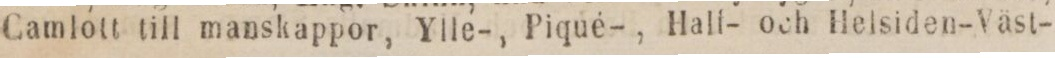
Camlott till manskappor, Ylle-, Piqué-, Half- och Helsiden-Väst-